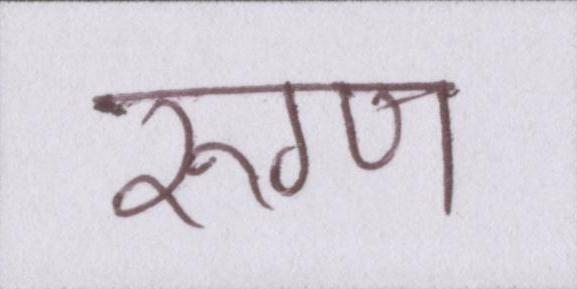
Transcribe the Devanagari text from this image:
रुग्ण